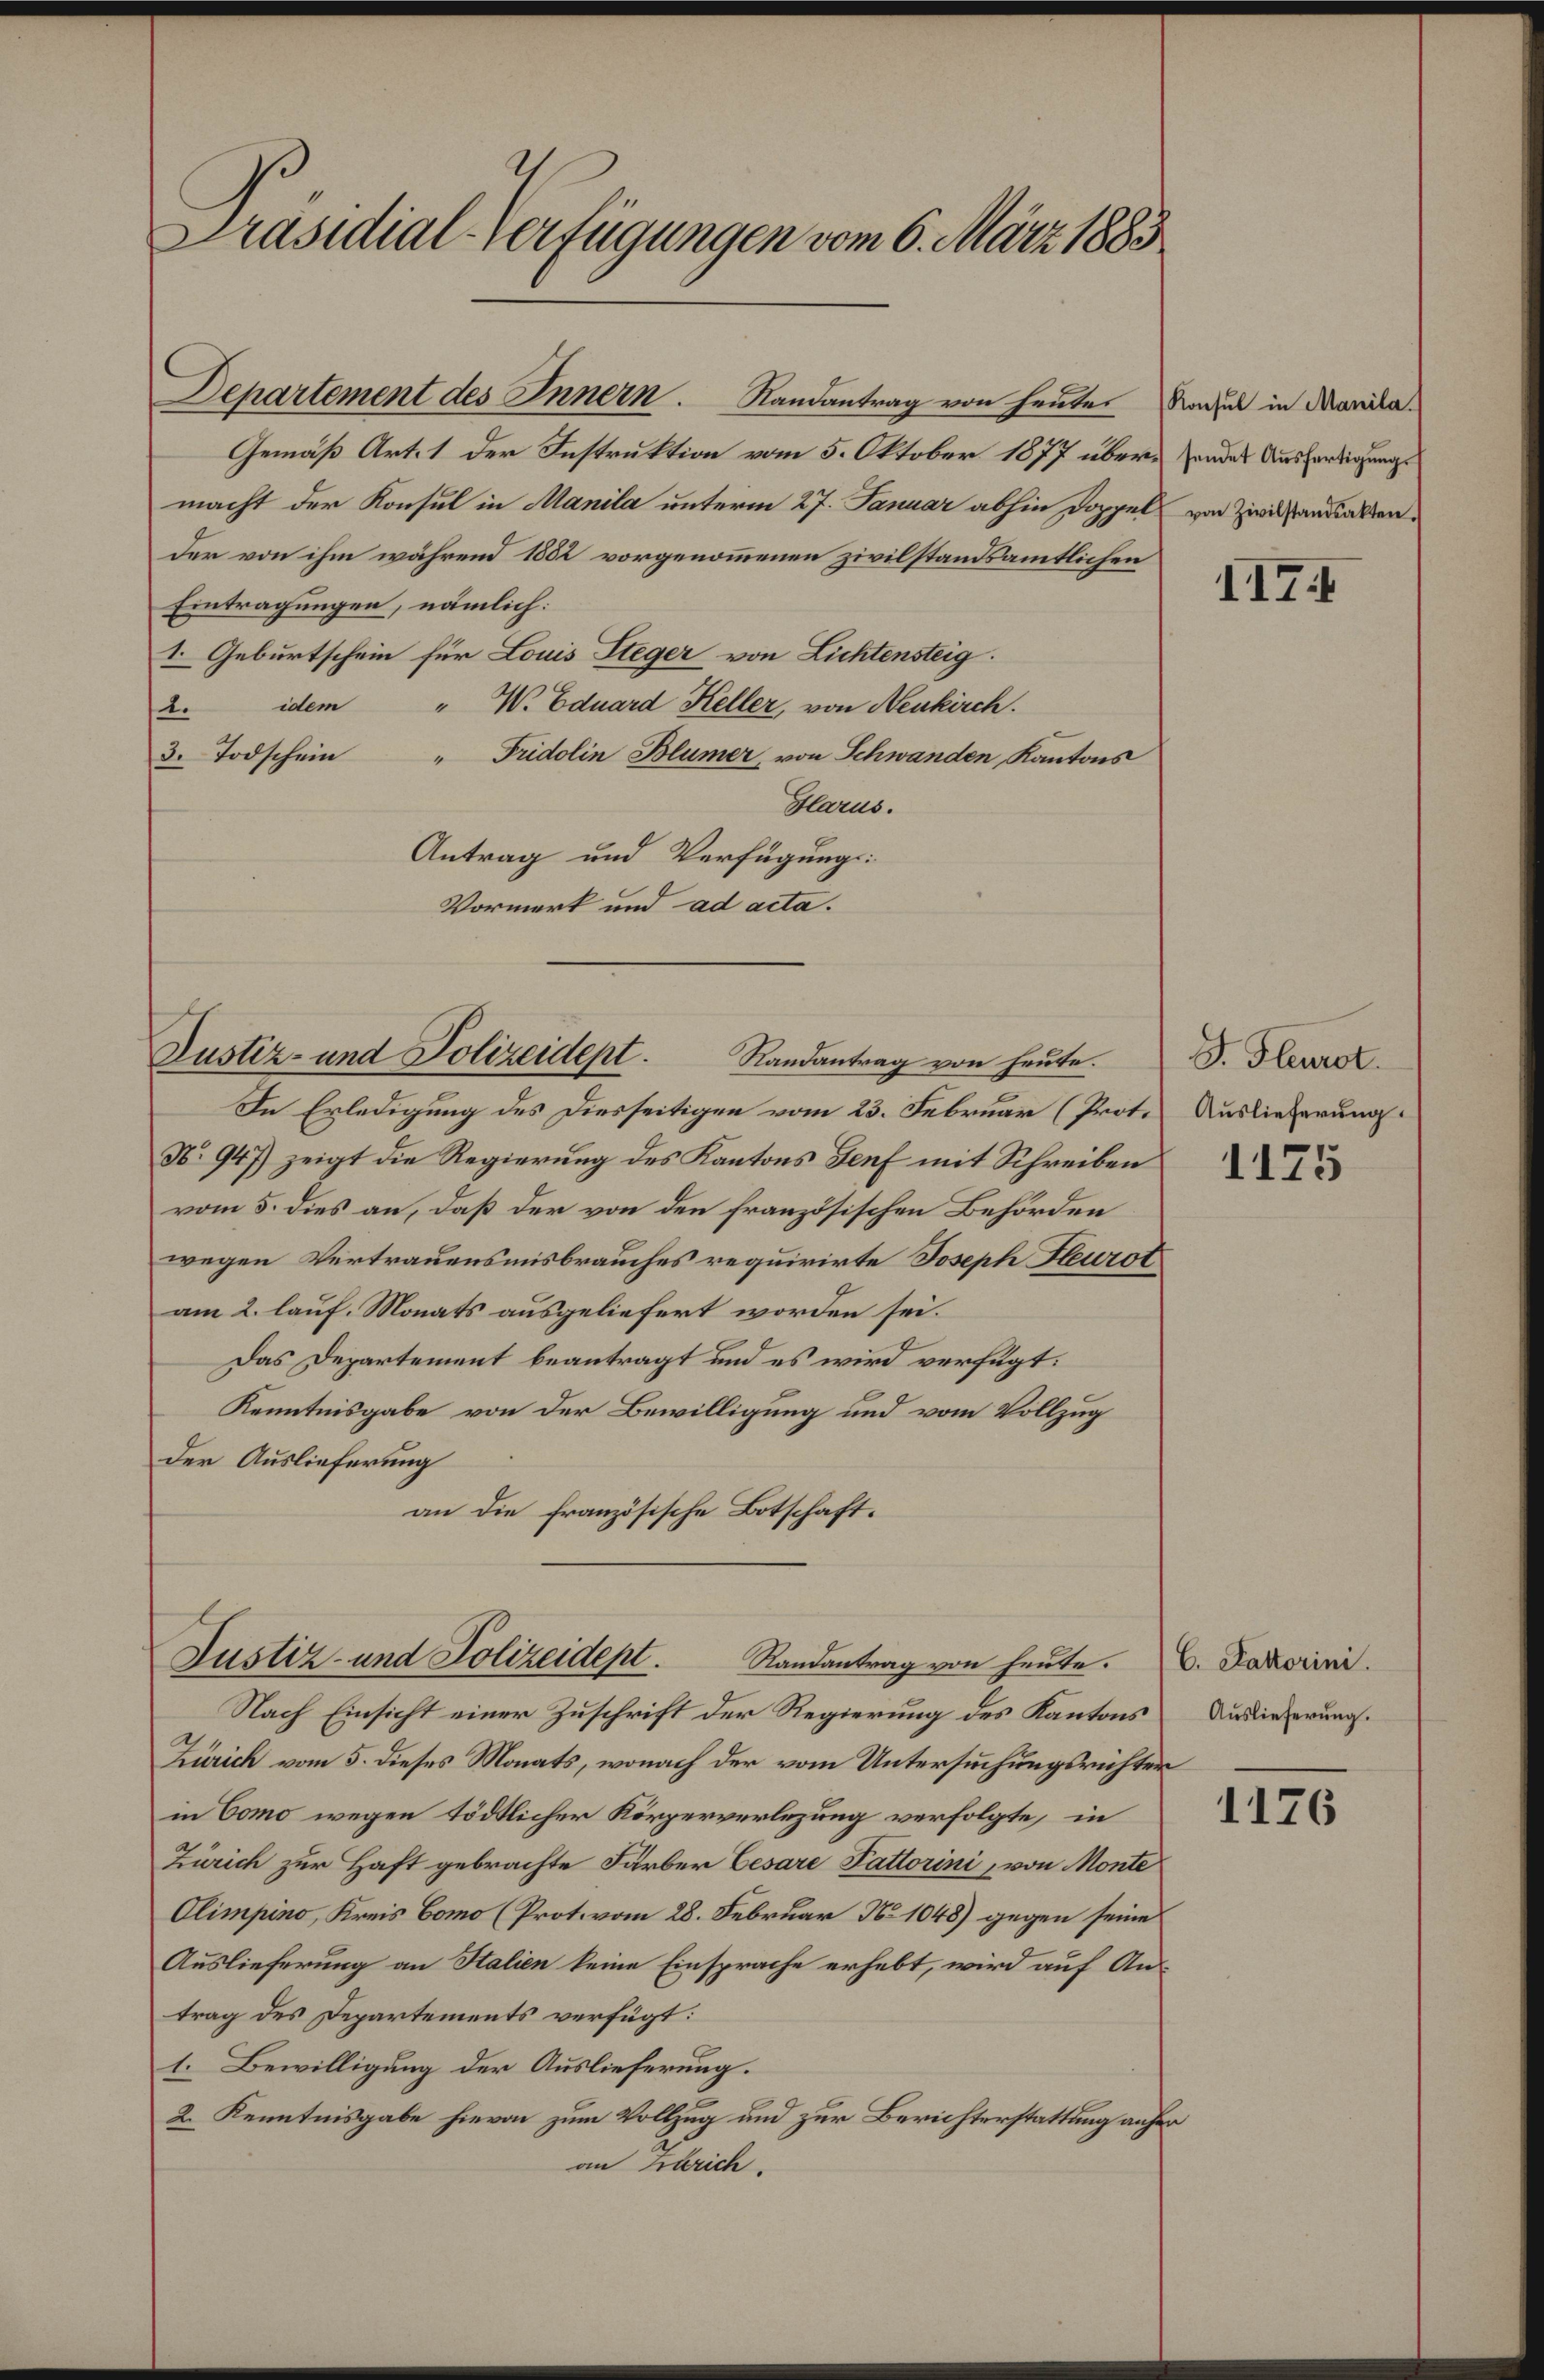
Präsidial-Verfügungen vom 6. März 1883

Departement des Innern. Randantrag von heute
Gemäß Art. 1 der Instruktion vom 5. Oktober 1877 übermacht der Konsul in Manila unterm 27. Januar abhin Doppel von Zwischen Fallen.
der von ihm während 1882 vorgenommenen zivilstandsamtlichen
Eintragungen, nämlich:
1. Geburtschein für Louis Steger von Lichtensteig.
idem " W. Eduard Keller, von Neukirch.
1.
3. Todschein " Fridolin Blümer, von Schwanden, Kantons
Glarus.
Antrag und Verfügungs-
Vormerk und ad acta.

In Erledigung des Diesseitigen vom 23. Februar (Prot.
N. 947) zeigt die Regierung des Kantons Genf mit Schreiben
vom 5. dies an, daß der von den französischen Behörden
wegen Vertrauensmisbrauches requirirte Joseph Heurot
am 2. lauf. Monats ausgeliefert worden sei.
Das Departement beantragt und es wird verfügt:
Kenntnisgabe von der Bewilligung und vom Vollzug
Der Auslieferung
an die französische Botschaft.

Justiz- und Polizeidept. Randantrag von heŭte.

Justiz- und Polizeidept. Randantrag von heute. V. Daverini

Konsul in Manila.
sendet Ausfertigungs

Nach Einsicht einer Zuschrift der Regierung des Kantons
Zürich vom 5. dieses Monats, wonach der vom Untersuchungsrichter
in Como wegen tödtlicher Körperverlegung verfolgte, in
Zürich zur Haft gebrachte Färber Cesare Pattorini, von Monte
Olimpino, Kreis Como (Prot. vom 28. Februar No 1048) gegen seine
Auslieferung an Stalien keine Einsprache erhebt, wird auf An-
trag des Departements verfügt:
1. Bewilligung der Auslieferung.
2. Kenntnisgabe hievon zum Vollzug und zur Berichterstattung anher
an Zürich.

117.

G. Fleurot.
Auslieferung.

1175

Auslieferung.

1176